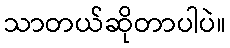
သာတယ်ဆိုတာပါပဲ။